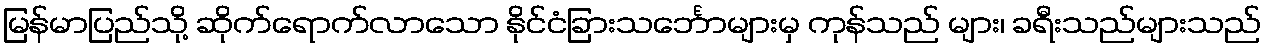
မြန်မာပြည်သို့ ဆိုက်ရောက်လာသော နိုင်ငံခြားသင်္ဘောများမှ ကုန်သည် များ၊ ခရီးသည်များသည်